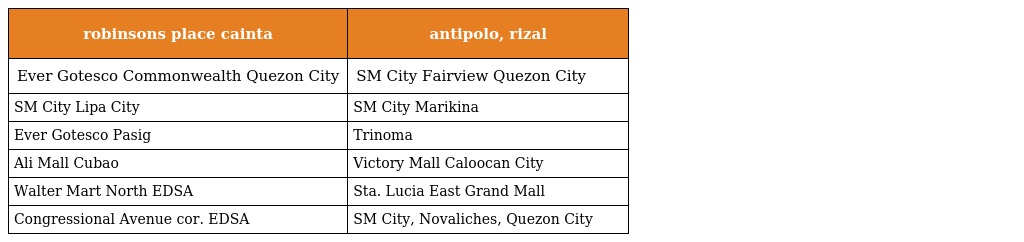
| robinsons place cainta | antipolo, rizal |
 | --- | --- |
 | Ever Gotesco Commonwealth Quezon City | SM City Fairview Quezon City |
 | SM City Lipa City | SM City Marikina |
 | Ever Gotesco Pasig | Trinoma |
 | Ali Mall Cubao | Victory Mall Caloocan City |
 | Walter Mart North EDSA | Sta. Lucia East Grand Mall |
 | Congressional Avenue cor. EDSA | SM City, Novaliches, Quezon City |